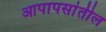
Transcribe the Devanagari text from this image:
आपापसांतील